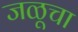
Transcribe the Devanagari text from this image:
जळूचा